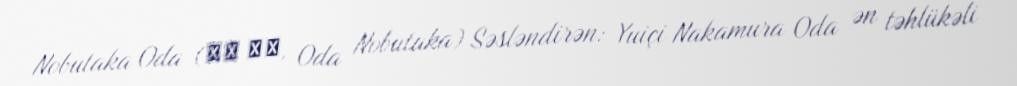
Nobutaka Oda (織田 信隆, Oda Nobutaka) Səsləndirən: Yuiçi Nakamura Oda ən təhlükəli